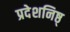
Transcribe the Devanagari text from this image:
प्रदेशनिष्ठ्